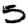
Digit: 5